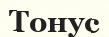
Тонус